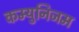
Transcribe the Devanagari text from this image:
कम्युनिजम